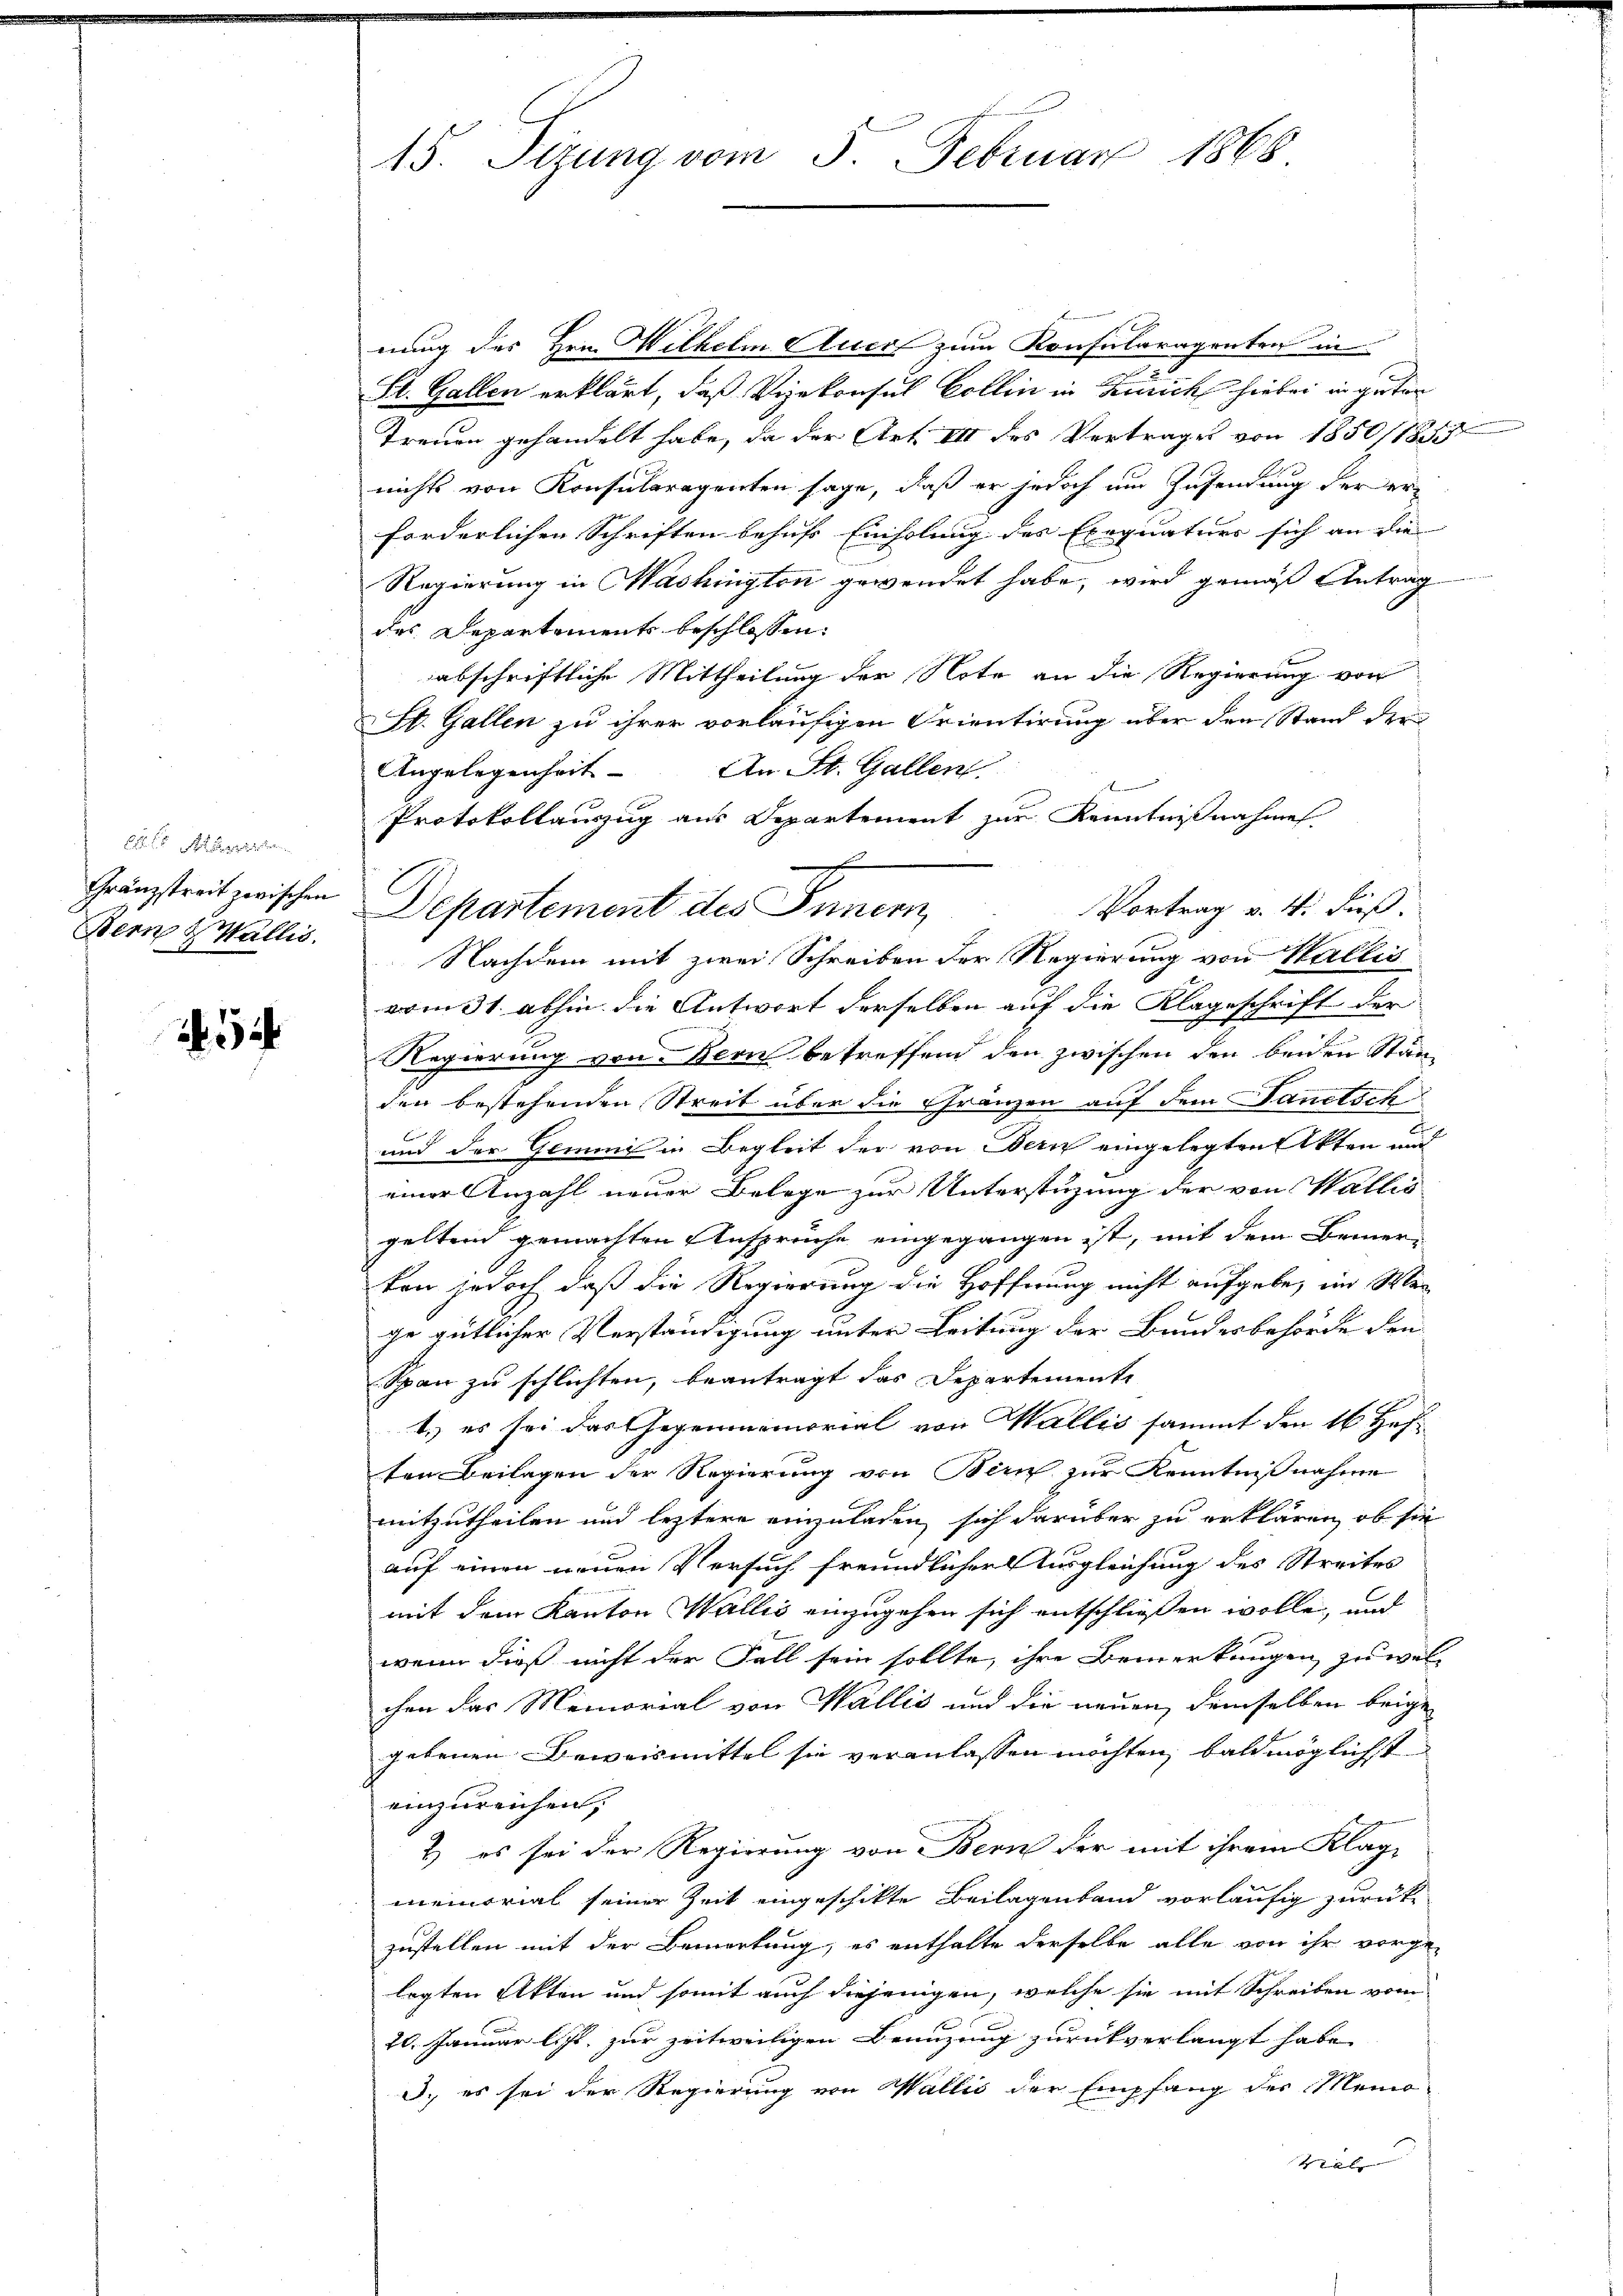
O. S.
Bern Wallis.

54

15. Sizung vom 5. Februar 1868

nung des Hrn. Wilhelm Accof zum Konsularagenten in
St. Gallen erklärt, daß Vizekonsul Collin in Zürich hiebei in guter
Treuen gehandelt habe, da der Art III des Vertrages von 1850/18
nichts von Konsularagenten sage, daß er jedoch um Zusendung der erforderlichen Schriften behufs Einholung des Exequatuer sich an die
Regierung in Mashington gewendet habe, wird gemäß Antrag
des Departement beschlossen:
abschriftliche Mittheilung der Note an die Regierung von
St. Gallen zu ihrer vorläufigen Orientirung über den Stand der
An St. Gallen.
Angelegenheit
Protokollauszug aus Departement zur Kenntnißnahme
Gränzstreit zwischen Departement des Innern
Vortrag v. 4. Fuß.
Nachdem mit zwei Schreiben der Regierung von Wallis
vom 31. abhin die Antwort derselben auf die Klageschrift der
Regierung von Bern betreffend den zwischen den beiden Stän-
den bestehenden Streit über die Gränzen auf dem Sanitsch
und der Gemini in Begleit der von Bern eingelegten Akten und
einer Anzahl neuer Belege zur Unterstüzung der von Wallis
geltend gemachten Ansprüche eingegangen ist, mit dem Bemer-
kon jedoch daß die Regierung die Hoffnung nicht aufgebe, im Wen
ge gütlicher Verständigung unter Leitung der Bundesbehörde den
Span zu schlichten, beantragt das Departemente
1.) es sei das Gegenmemorial von Wallis sammt den 16 Hoften Beilagen der Regierung von Bern zur Kenntnißnahme
mitzutheilen und leztere einzuladen sich darüber zu erklären, ob sie
auf einen neuen Versuch freundlicher Ausgleichung des Streites
mit dem Kanton Wallis einzugehen sich entschließen wolle, und
wenn dieß nicht der Fall sein sollte, ihre Bemerkungen zu wel-
chen das Memorial von Wallis und die neuen, demselben beige-
gebenen Beweismittel sie veranlassen möchten, bald möglichst
einzureichen.
2) es sei der Regierung von Bern der mit ihrem Klage
memorial seiner Zeit eingeschikte Beilagenband vorläufig zurück
zustellen mit der Bemerkung, es enthalte derselbe alle von ihr vorge-
legten Akten und somit auch diejenigen, welche sie mit Schreiben vom
20. Januar l. Js. zur zeitweiligen Benuzung zurückverlangt habe,
d. es sei der Regierung von Wallis der Empfang des Memo-
Val

e